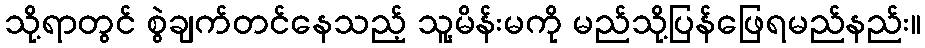
သို့ရာတွင် စွဲချက်တင်နေသည့် သူ့မိန်းမကို မည်သို့ပြန်ဖြေရမည်နည်း။